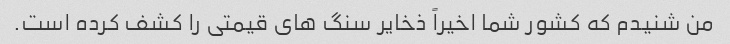
من شنیدم که کشور شما اخیراً ذخایر سنگ های قیمتی را کشف کرده است.